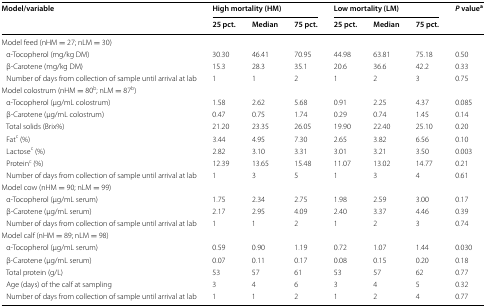
<table><thead><tr><td rowspan="2"><b>Model/variable</b></td><td colspan="3"><b>High mortality (HM)</b></td><td colspan="3"><b>Low mortality (LM)</b></td><td rowspan="2"><b><i>P</i> value<sup>a</sup></b></td></tr><tr><td><b>25 pct.</b></td><td><b>Median</b></td><td><b>75 pct.</b></td><td><b>25 pct.</b></td><td><b>Median</b></td><td><b>75 pct.</b></td></tr></thead><tbody><tr><td colspan="8">Model feed (nHM = 27; nLM = 30)</td></tr><tr><td> α-Tocopherol (mg/kg DM)</td><td>30.30</td><td>46.41</td><td>70.95</td><td>44.98</td><td>63.81</td><td>75.18</td><td>0.50</td></tr><tr><td> β-Carotene (mg/kg DM)</td><td>15.3</td><td>28.3</td><td>35.1</td><td>20.6</td><td>36.6</td><td>42.2</td><td>0.33</td></tr><tr><td> Number of days from collection of sample until arrival at lab</td><td>1</td><td>1</td><td>2</td><td>1</td><td>2</td><td>3</td><td>0.75</td></tr><tr><td colspan="8">Model colostrum (nHM = 80<sup>b</sup>; nLM = 87<sup>b</sup>)</td></tr><tr><td> α-Tocopherol (μg/mL colostrum)</td><td>1.58</td><td>2.62</td><td>5.68</td><td>0.91</td><td>2.25</td><td>4.37</td><td>0.085</td></tr><tr><td> β-Carotene (μg/mL colostrum)</td><td>0.47</td><td>0.75</td><td>1.74</td><td>0.29</td><td>0.74</td><td>1.45</td><td>0.14</td></tr><tr><td> Total solids (Brix%)</td><td>21.20</td><td>23.35</td><td>26.05</td><td>19.90</td><td>22.40</td><td>25.10</td><td>0.20</td></tr><tr><td> Fat<sup>c</sup> (%)</td><td>3.44</td><td>4.95</td><td>7.30</td><td>2.65</td><td>3.82</td><td>6.56</td><td>0.10</td></tr><tr><td> Lactose<sup>c</sup> (%)</td><td>2.82</td><td>3.10</td><td>3.31</td><td>3.01</td><td>3.21</td><td>3.50</td><td>0.003</td></tr><tr><td> Protein<sup>c</sup> (%)</td><td>12.39</td><td>13.65</td><td>15.48</td><td>11.07</td><td>13.02</td><td>14.77</td><td>0.21</td></tr><tr><td> Number of days from collection of sample until arrival at lab</td><td>1</td><td>3</td><td>5</td><td>1</td><td>3</td><td>4</td><td>0.61</td></tr><tr><td colspan="8">Model cow (nHM = 90; nLM = 99)</td></tr><tr><td> α-Tocopherol (μg/mL serum)</td><td>1.75</td><td>2.34</td><td>2.75</td><td>1.98</td><td>2.59</td><td>3.00</td><td>0.17</td></tr><tr><td> β-Carotene (μg/mL serum)</td><td>2.17</td><td>2.95</td><td>4.09</td><td>2.40</td><td>3.37</td><td>4.46</td><td>0.39</td></tr><tr><td> Number of days from collection of sample until arrival at lab</td><td>1</td><td>1</td><td>2</td><td>1</td><td>2</td><td>3</td><td>0.74</td></tr><tr><td colspan="8">Model calf (nHM = 89; nLM = 98)</td></tr><tr><td> α-Tocopherol (μg/mL serum)</td><td>0.59</td><td>0.90</td><td>1.19</td><td>0.72</td><td>1.07</td><td>1.44</td><td>0.030</td></tr><tr><td> β-Carotene (μg/mL serum)</td><td>0.07</td><td>0.11</td><td>0.17</td><td>0.08</td><td>0.15</td><td>0.20</td><td>0.18</td></tr><tr><td> Total protein (g/L)</td><td>53</td><td>57</td><td>61</td><td>53</td><td>57</td><td>62</td><td>0.77</td></tr><tr><td> Age (days) of the calf at sampling</td><td>3</td><td>4</td><td>6</td><td>3</td><td>4</td><td>5</td><td>0.32</td></tr><tr><td> Number of days from collection of sample until arrival at lab</td><td>1</td><td>1</td><td>2</td><td>1</td><td>2</td><td>4</td><td>0.77</td></tr></tbody></table>